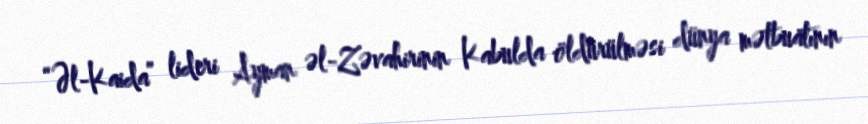
“Əl-Kaida” lideri Ayman əl-Zəvahirinin Kabulda öldürülməsi dünya mətbuatının